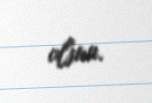
olsun.